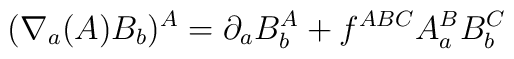
(\nabla_a(A)B_b)^{A}=\partial_a B_b^{A}+f^{ABC}A_a^{B}B_b^{C}